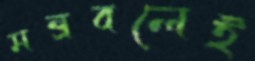
মন্ত্রবলেই